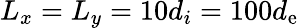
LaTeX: L_{x}=L_{y}=10d_{i}=100d_{\mathrm{e}}